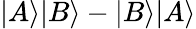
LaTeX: |A\rangle|B\rangle-|B\rangle|A\rangle